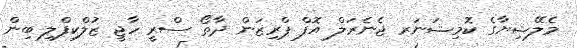
މެލޭޝިޔާގެ ކޮމިޝަނަރ ޖެނެރަލް އޮފް ޕްރިޒަން ދާތޯ ސްރީ ހާޖީ ޒުލްކިފްލި ބިން